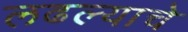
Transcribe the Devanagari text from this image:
लढल्याचे